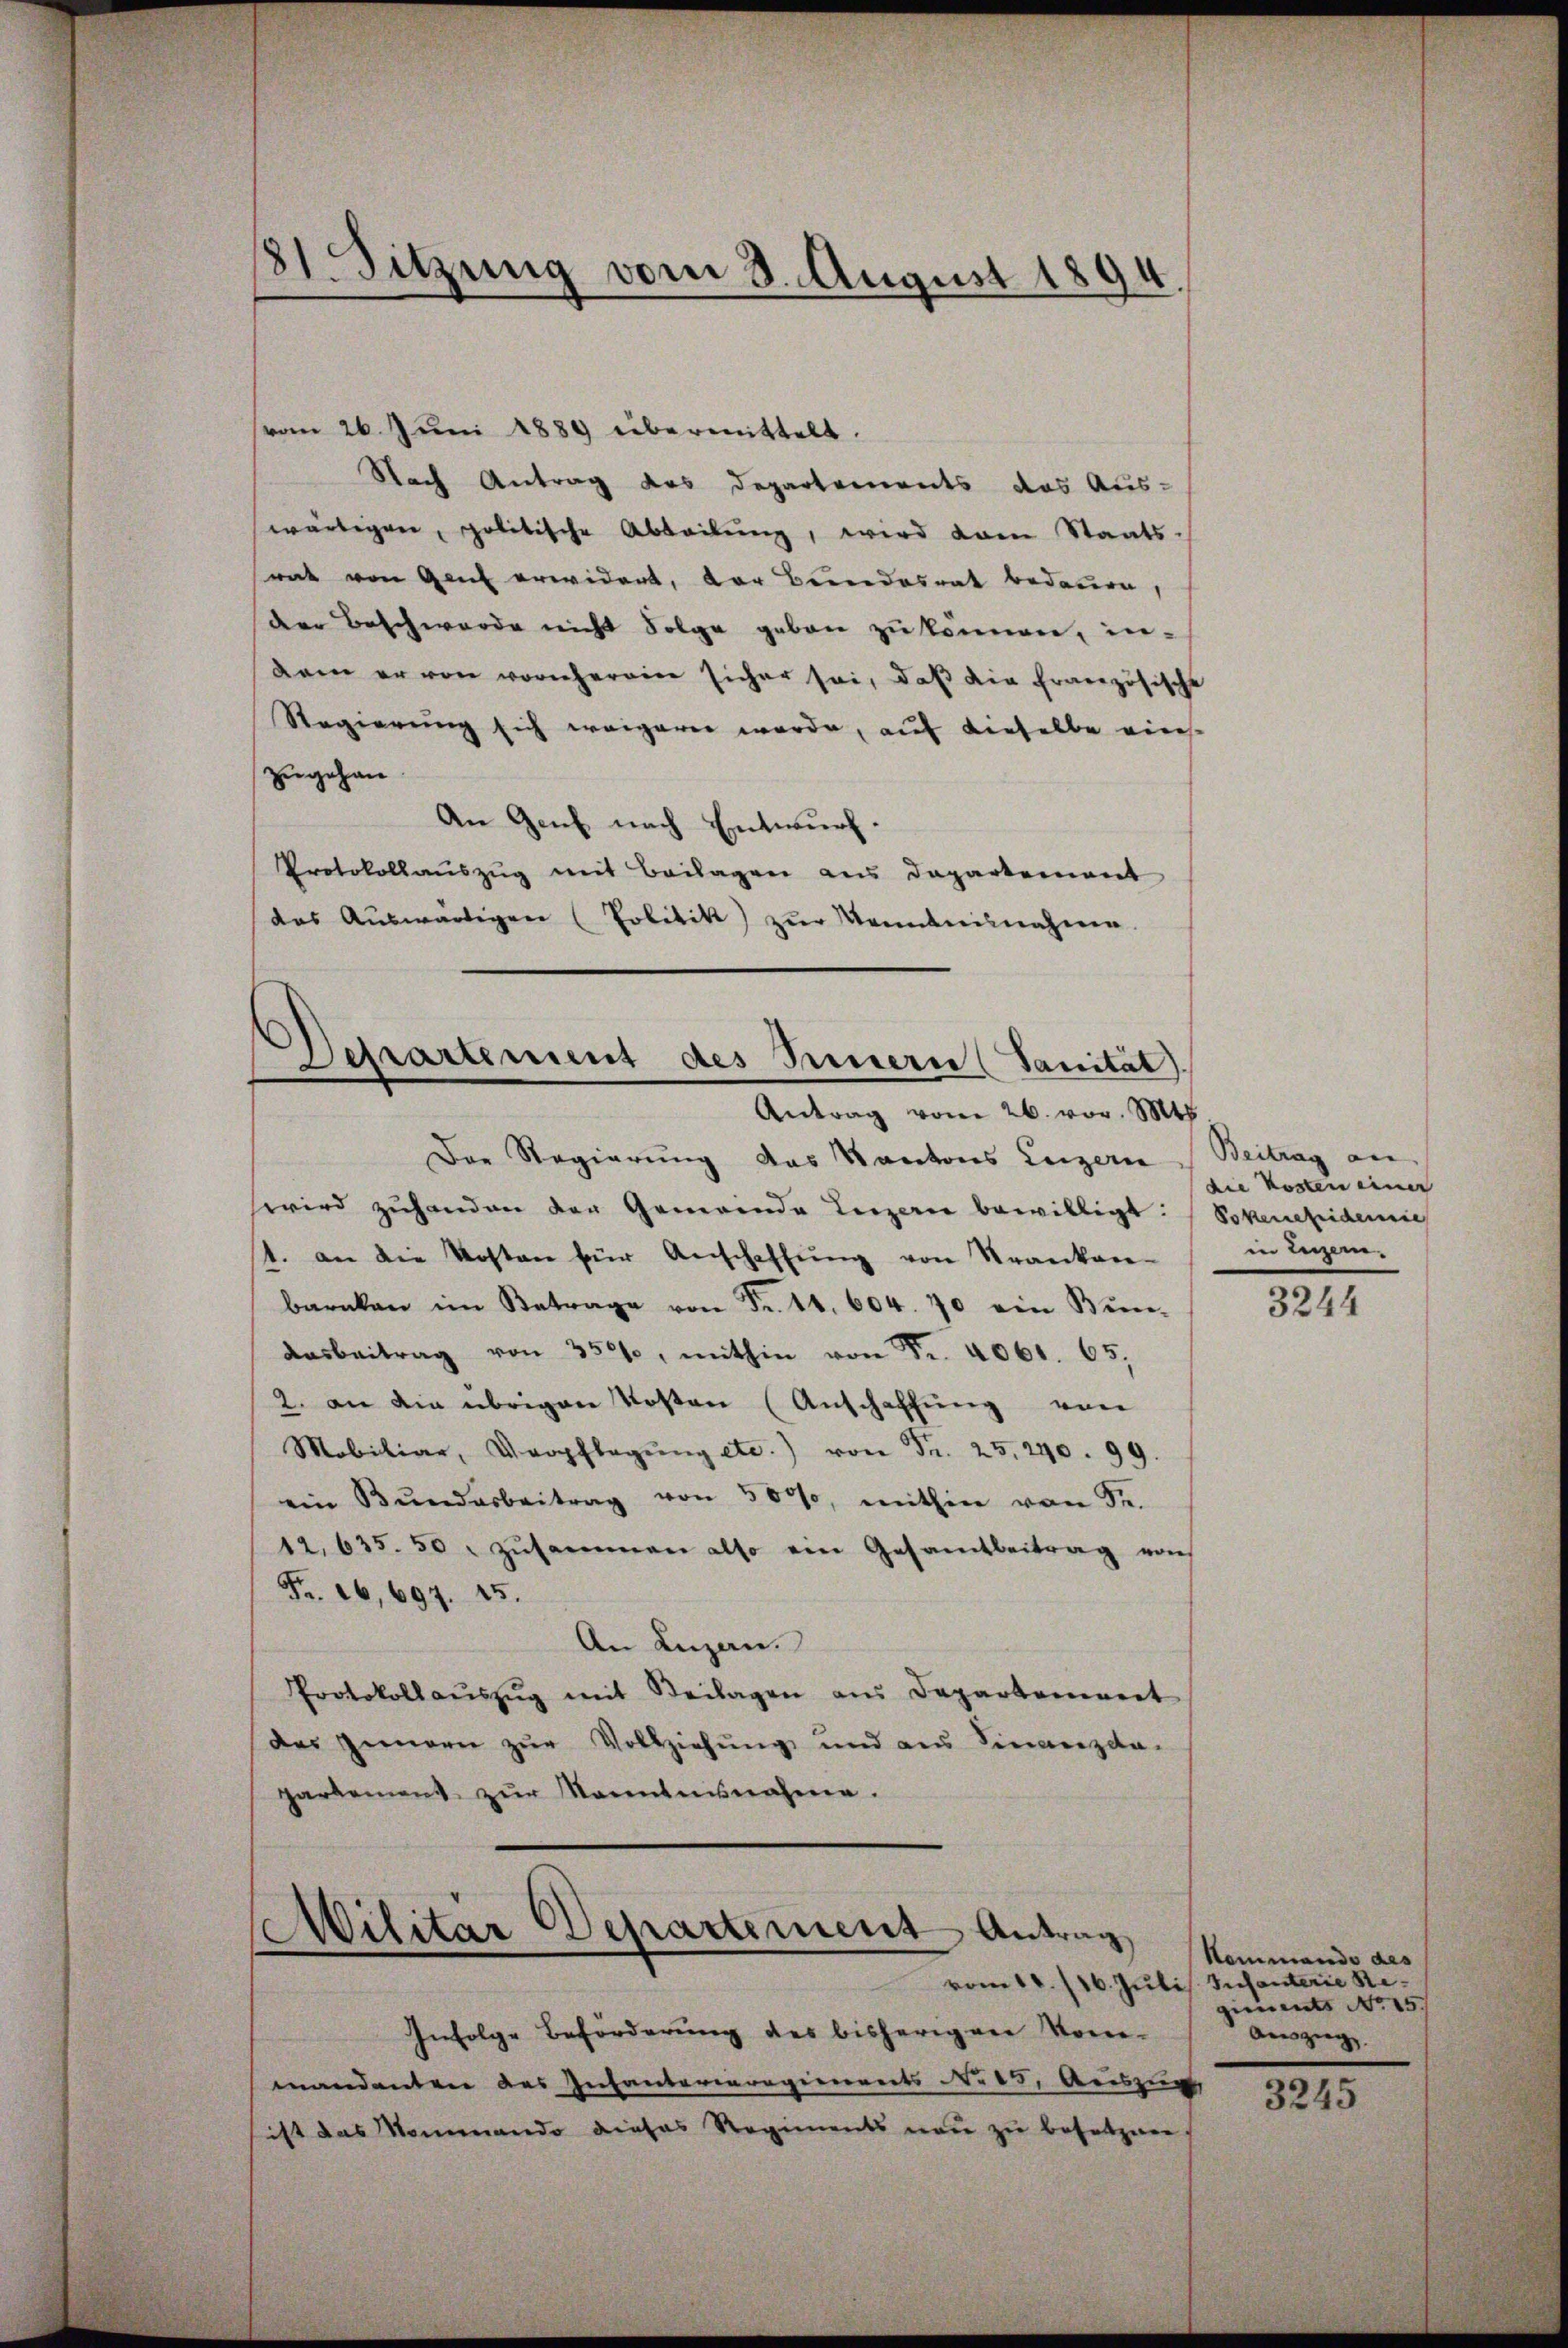
81. Sitzung vom 3. August 1894

vom 26. Juni 1889 übermittelt.
Nach Antrag das Departements das Aus-
wärtigen, politische Abteilŭng, wird dam Staats-
rat von Ganz erwidert, der Bundesrat bedauen,
der Beschwerde nicht Folge geben zu können, in-
dann er von vornhereine sicher sei, daß die französische
Regierung sich weigerer werde, auf dieselbe viers.
zugehen
An Genf nach Entwurf.
Protokollaŭszŭg mit Beilagen aus Departement
das Auswärtigen (Politik zur Kenntnisnahmen.

Departement des Innern (Sanität).
Antrag vom 26. vor. Mts

Militär Departement Antrag

Der Regierung das Kantons Luzern Beitrag an
wird zuhanden der Gemeinde Luzern bewilligt: (Sokenefidemie
1. an die Kosten für Anschaffŭng von Kranken-
banken im Betrage von Fr. 14. 604. 70 ein Bun¬
Aasbeitrag von 350, mithin von Fr. 4061. 65,
2. an die übrigen Kosten (Anschaffŭng von
Mobiliar Verpflegŭng etc.) von Fr. 25, 290. 99.
ein Bŭndesbeitrag von 5000, mithin von Sr.
12. 635. 50. zŭsammen also ein Gesamtbeitrag von
Fr. 16,697. 15.
An Luzen.
Protokollaŭszŭg mit Beilagen aus Departement
des Zinnern zŭr Vollziehung und aus Sinanzda-
parkament zur Manntnisnahme.

die Kosten einer
in Luzern.

Infolge Beförderung des bisherigen Kon-
mandenten des Infanterieregienents No 15. Auszus
sist das Nommando dieses Regiments neu zu besalzen,

3244

Hemmando des
vom 10. /16. Juli Schanterie Regiements No 15.
Ausgang |

3245